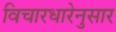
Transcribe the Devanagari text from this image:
विचारधारेनुसार